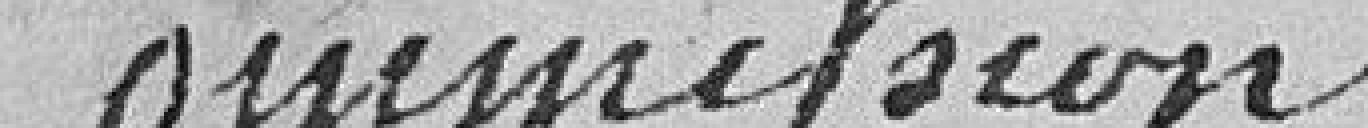
Commission